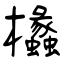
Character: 欚